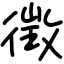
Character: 徴